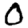
Digit: 0